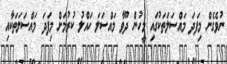
ނުވެގެން މިފަދަ މައްސަލަތަކުގައި މީހުން ދޫވާ މައްސަލަ ހައްލު ކުރުމަށް މިފަދަ މައްސަލަތަކާއި